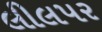
લીલપર